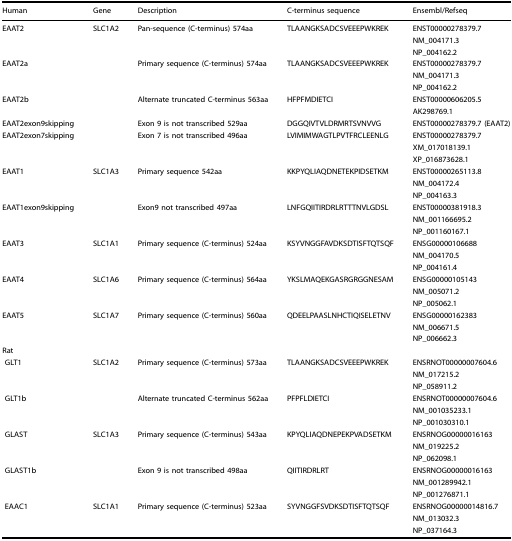
<table><thead><tr><td><b>Human</b></td><td><b>Gene</b></td><td><b>Description</b></td><td><b>C-terminus sequence</b></td><td><b>Ensembl/Refseq</b></td></tr></thead><tbody><tr><td>EAAT2</td><td>SLC1A2</td><td>Pan-sequence (C-terminus) 574aa</td><td>TLAANGKSADCSVEEEPWKREK</td><td>ENST00000278379.7</td></tr><tr><td></td><td></td><td></td><td></td><td>NM_004171.3</td></tr><tr><td></td><td></td><td></td><td></td><td>NP_004162.2</td></tr><tr><td>EAAT2a</td><td></td><td>Primary sequence (C-terminus) 574aa</td><td>TLAANGKSADCSVEEEPWKREK</td><td>ENST00000278379.7</td></tr><tr><td></td><td></td><td></td><td></td><td>NM_004171.3</td></tr><tr><td></td><td></td><td></td><td></td><td>NP_004162.2</td></tr><tr><td>EAAT2b</td><td></td><td>Alternate truncated C-terminus 563aa</td><td>HFPFMDIETCI</td><td>ENST00000606205.5</td></tr><tr><td></td><td></td><td></td><td></td><td>AK298769.1</td></tr><tr><td>EAAT2exon9skipping</td><td></td><td>Exon 9 is not transcribed 529aa</td><td>DGGQIVTVLDRMRTSVNVVG</td><td>ENST00000278379.7 (EAAT2)</td></tr><tr><td>EAAT2exon7skipping</td><td></td><td>Exon 7 is not transcribed 496aa</td><td>LVIMIMWAGTLPVTFRCLEENLG</td><td>ENST00000278379.7</td></tr><tr><td></td><td></td><td></td><td></td><td>XM_017018139.1</td></tr><tr><td></td><td></td><td></td><td></td><td>XP_016873628.1</td></tr><tr><td>EAAT1</td><td>SLC1A3</td><td>Primary sequence 542aa</td><td>KKPYQLIAQDNETEKPIDSETKM</td><td>ENST00000265113.8</td></tr><tr><td></td><td></td><td></td><td></td><td>NM_004172.4</td></tr><tr><td></td><td></td><td></td><td></td><td>NP_004163.3</td></tr><tr><td>EAAT1exon9skipping</td><td></td><td>Exon9 not transcribed 497aa</td><td>LNFGQIITIRDRLRTTTNVLGDSL</td><td>ENST00000381918.3</td></tr><tr><td></td><td></td><td></td><td></td><td>NM_001166695.2</td></tr><tr><td></td><td></td><td></td><td></td><td>NP_001160167.1</td></tr><tr><td>EAAT3</td><td>SLC1A1</td><td>Primary sequence (C-terminus) 524aa</td><td>KSYVNGGFAVDKSDTISFTQTSQF</td><td>ENSG00000106688</td></tr><tr><td></td><td></td><td></td><td></td><td>NM_004170.5</td></tr><tr><td></td><td></td><td></td><td></td><td>NP_004161.4</td></tr><tr><td>EAAT4</td><td>SLC1A6</td><td>Primary sequence (C-terminus) 564aa</td><td>YKSLMAQEKGASRGRGGNESAM</td><td>ENSG00000105143</td></tr><tr><td></td><td></td><td></td><td></td><td>NM_005071.2</td></tr><tr><td></td><td></td><td></td><td></td><td>NP_005062.1</td></tr><tr><td>EAAT5</td><td>SLC1A7</td><td>Primary sequence (C-terminus) 560aa</td><td>QDEELPAASLNHCTIQISELETNV</td><td>ENSG00000162383</td></tr><tr><td></td><td></td><td></td><td></td><td>NM_006671.5</td></tr><tr><td></td><td></td><td></td><td></td><td>NP_006662.3</td></tr><tr><td colspan="5">Rat</td></tr><tr><td> GLT1</td><td>SLC1A2</td><td>Primary sequence (C-terminus) 573aa</td><td>TLAANGKSADCSVEEEPWKREK</td><td>ENSRNOT00000007604.6</td></tr><tr><td></td><td></td><td></td><td></td><td>NM_017215.2</td></tr><tr><td></td><td></td><td></td><td></td><td>NP_058911.2</td></tr><tr><td> GLT1b</td><td></td><td>Alternate truncated C-terminus 562aa</td><td>PFPFLDIETCI</td><td>ENSRNOT00000007604.6</td></tr><tr><td></td><td></td><td></td><td></td><td>NM_001035233.1</td></tr><tr><td></td><td></td><td></td><td></td><td>NP_001030310.1</td></tr><tr><td> GLAST</td><td>SLC1A3</td><td>Primary sequence (C-terminus) 543aa</td><td>KPYQLIAQDNEPEKPVADSETKM</td><td>ENSRNOG00000016163</td></tr><tr><td></td><td></td><td></td><td></td><td>NM_019225.2</td></tr><tr><td></td><td></td><td></td><td></td><td>NP_062098.1</td></tr><tr><td> GLAST1b</td><td></td><td>Exon 9 is not transcribed 498aa</td><td>QIITIRDRLRT</td><td>ENSRNOG00000016163</td></tr><tr><td></td><td></td><td></td><td></td><td>NM_001289942.1</td></tr><tr><td></td><td></td><td></td><td></td><td>NP_001276871.1</td></tr><tr><td> EAAC1</td><td>SLC1A1</td><td>Primary sequence (C-terminus) 523aa</td><td>SYVNGGFSVDKSDTISFTQTSQF</td><td>ENSRNOG00000014816.7</td></tr><tr><td></td><td></td><td></td><td></td><td>NM_013032.3</td></tr><tr><td></td><td></td><td></td><td></td><td>NP_037164.3</td></tr></tbody></table>